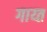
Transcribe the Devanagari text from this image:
गाय्त